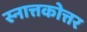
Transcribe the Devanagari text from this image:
स्नात्तकोत्तर